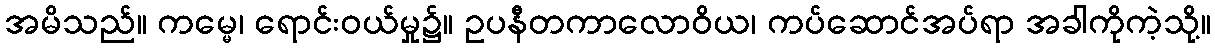
အမိသည်။ ကမ္မေ၊ ရောင်းဝယ်မှု၌။ ဥပနီတကာလောဝိယ၊ ကပ်ဆောင်အပ်ရာ အခါကိုကဲ့သို့။